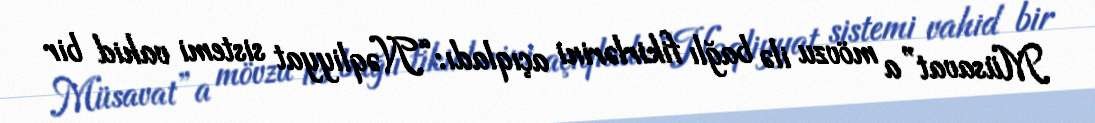
Müsavat”a mövzu ilə bağlı fikirlərini açıqladı: “Nəqliyyat sistemi vahid bir